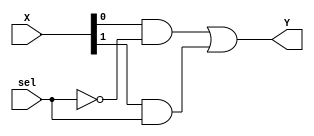
`timescale 1ns / 1ps
//////////////////////////////////////////////////////////////////////////////////
// Company: 
// Engineer: 
// 
// Design Name: 2 to 1 Multplexer
// Module Name: mux2to1
// Project Name: Combinational circuits
// Target Devices: 
// Tool Versions: 
// Description: 
// 
// Dependencies: 
// 
// Revision:
// Revision 0.01 - File Created
// Additional Comments:
// 
//////////////////////////////////////////////////////////////////////////////////

module mux2to1(input [1:0] X,
               input sel,
               output Y);
               
     wire _sel;    // net for complemented select line
     not N0(_sel,sel);  // complement of select
     
     wire z1,z2;
     and A0(z1,X[0],_sel),  // X[0] & X[1] are input 1 and 2 respectively
         A1(z2,X[1],sel);
     
     or G0(Y,z1,z2);       // Output connection
     
endmodule